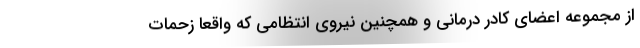
از مجموعه اعضای کادر درمانی و همچنین نیروی انتظامی که واقعا زحمات